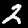
Label: 2